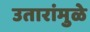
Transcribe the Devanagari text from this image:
उतारांमुळे